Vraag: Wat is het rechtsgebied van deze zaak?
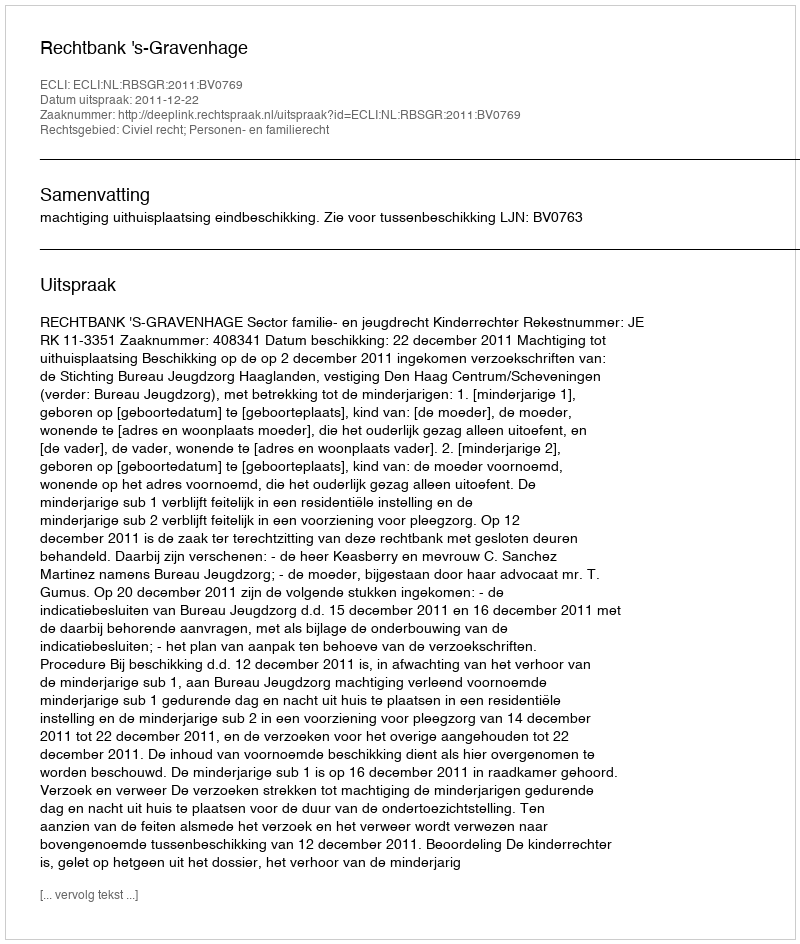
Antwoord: Civiel recht; Personen- en familierecht